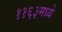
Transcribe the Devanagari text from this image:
११६३मध्ये